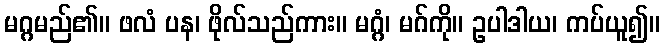
မဂ္ဂမည်၏။ ဖလံ ပန၊ ဖိုလ်သည်ကား။ မဂ္ဂံ၊ မဂ်ကို။ ဥပါဒါယ၊ ကပ်ယူ၍။